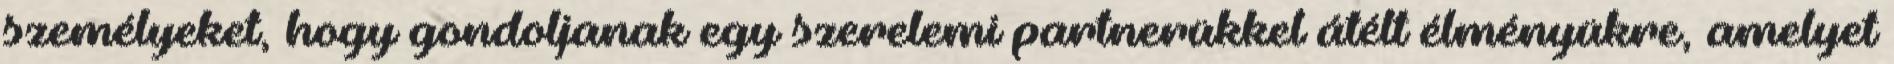
személyeket, hogy gondoljanak egy szerelemi partnerükkel átélt élményükre, amelyet